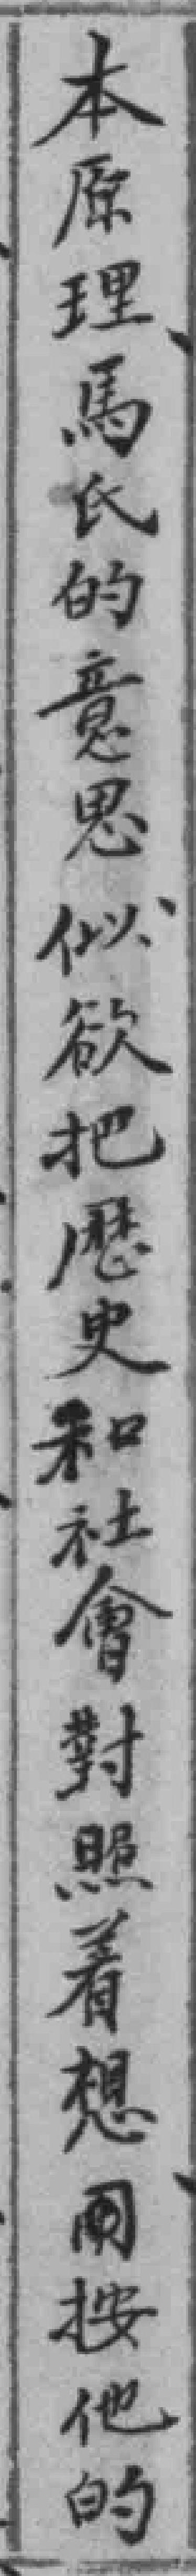
本原理馬氏的意思似欲把應史和社會對照着想*按他的